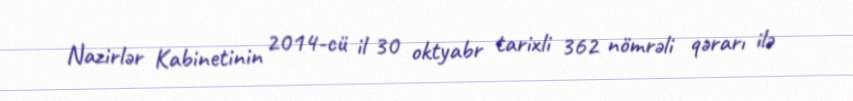
Nazirlər Kabinetinin 2014-cü il 30 oktyabr tarixli 362 nömrəli qərarı ilə